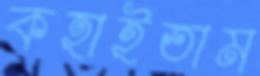
কহাইতাম